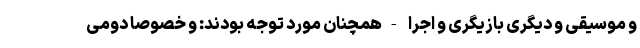
و موسیقی و دیگری بازیگری و اجرا -همچنان مورد توجه بودند: و خصوصا دومی